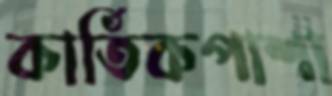
কার্তিকপাশা